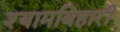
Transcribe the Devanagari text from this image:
श्यामबिहारी